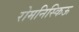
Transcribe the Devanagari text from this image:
रोमनिस्किऊ